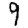
Digit: 9